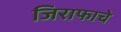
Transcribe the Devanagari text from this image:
जिराफाचे